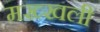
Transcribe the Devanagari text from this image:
मख्खली